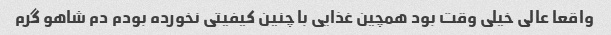
واقعا عالی خیلی وقت بود همچین غذایی با چنین کیفیتی نخورده بودم دم شاهو گرم